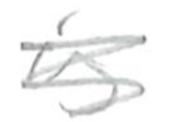
Text: is
Cross-out: scratch
Writing tool: pencil